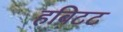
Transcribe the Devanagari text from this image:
हबिटट